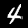
Digit: 4